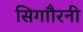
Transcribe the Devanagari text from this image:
सिगाौरनी